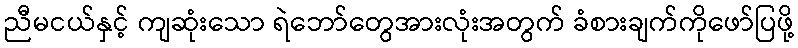
ညီမငယ်နှင့် ကျဆုံးသော ရဲဘော်တွေအားလုံးအတွက် ခံစားချက်ကိုဖော်ပြဖို့